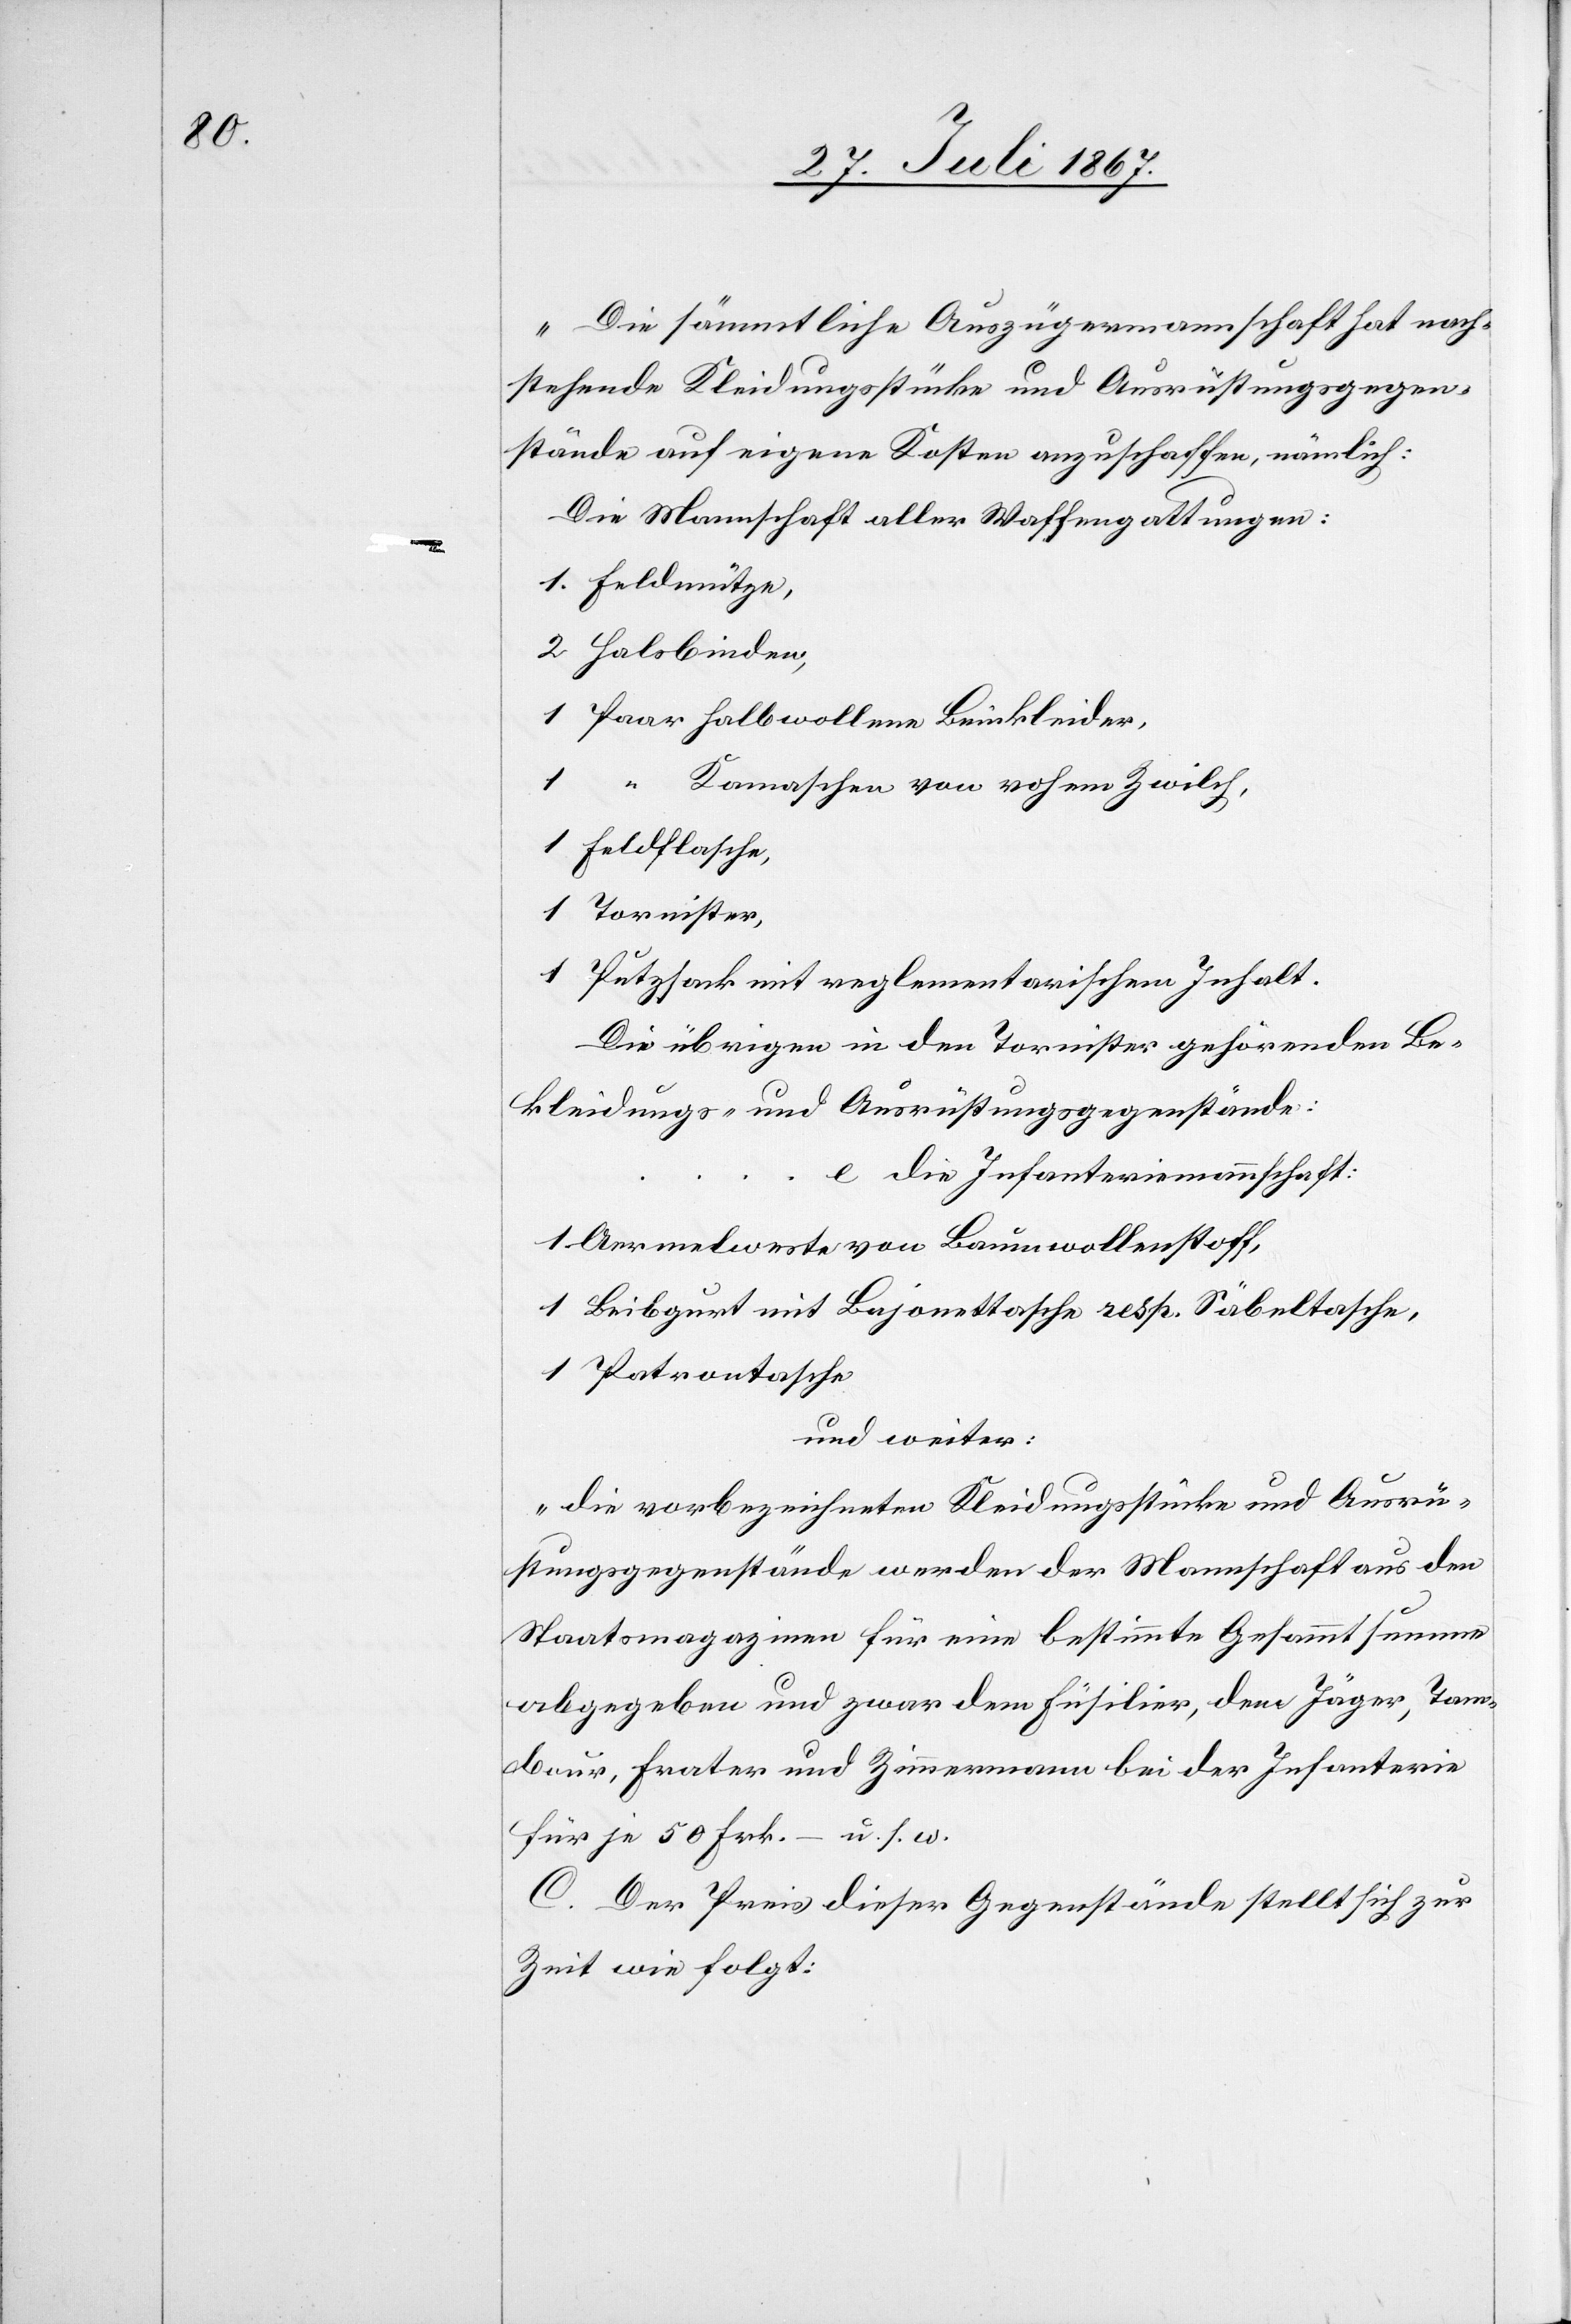
„Die sämmtliche Auszügermannschaft hat nach¬
stehende Kleidungsstücke und Ausrüstungsgegen¬
stände auf eigene Kosten anzuschaffen, nämlich:
Die Mannschaft aller Waffengattungen:
1. Feldmütze,
2 Halsbinden,
1 Paar halbwollene Beinkleider,
1
“ Kamaschen von rohem Zwilch,
1 Feldflasche,
1 Tornister,
1 Putzsack mit reglementarischem Inhalt.
Die übrigen in den Tornister gehörenden Be¬
kleidungs- und Ausrüstungsgegenstände:
e die Infanteriemannschaft:
… …
1 Aermelweste von Baumwollenstoff,
1 Leibgurt mit Bajonettasche resp. Säbeltasche,
1 Patrontasche[“]
und weiter:
„die vorbezeichneten Kleidungsstücke und Ausrü¬
stungsgegenstände werden der Mannschaft aus den
Staatsmagazinen für eine bestimmte Gesammtsumme
abgegeben und zwar dem Füsilier, dem Jäger, Tam¬
bour, Frater und Zimmermann bei der Infanterie
für je 50 Frk.–[“] u. s. w.
C. Der Preis dieser Gegenstände stellt sich zur
Zeit wie folgt: